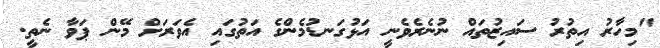
"މިހާރު އިތުރު ސައިޒުތައް ނުނެރެވެނީ އަޅުގަނޑުމެންގެ އަތުގައި އެވަރަށް މޭން ޕަވާ ނެތީ.